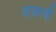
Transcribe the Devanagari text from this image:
वाकाची